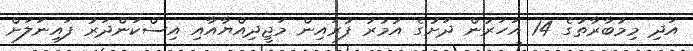
އަދި މިމުބާރާތުގެ 14 އަހަރުން ދަށުގެ އުމުރު ފުރައިން މަޖީދިއްޔާއާއި އިސްކަންދަރު ފައިނަލަށް